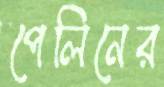
পেলিনের